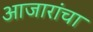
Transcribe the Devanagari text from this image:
आजारांचा